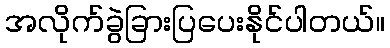
အလိုက်ခွဲခြားပြပေးနိုင်ပါတယ်။